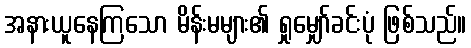
အနားယူနေကြသော မိန်းမများ၏ ရှုမျှော်ခင်းပုံ ဖြစ်သည်။